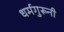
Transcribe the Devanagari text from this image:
धर्मगुरूनी